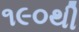
૧૯૦થી